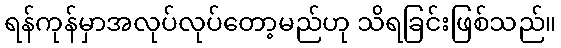
ရန်ကုန်မှာအလုပ်လုပ်တော့မည်ဟု သိရခြင်းဖြစ်သည်။